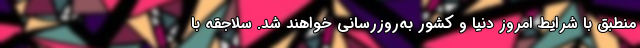
منطبق با شرایط امروز دنیا و کشور به‌روزرسانی خواهند شد. سلاجقه با